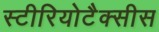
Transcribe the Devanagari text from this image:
स्टीरियोटैक्सीस